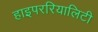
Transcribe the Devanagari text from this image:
हाइपररियालिटी